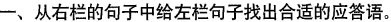
一、从右栏的句子中给左栏句子找出合适的应答语.。